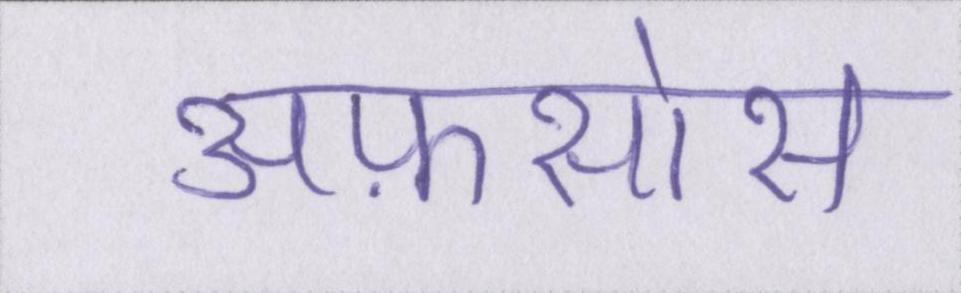
अफ़सोस